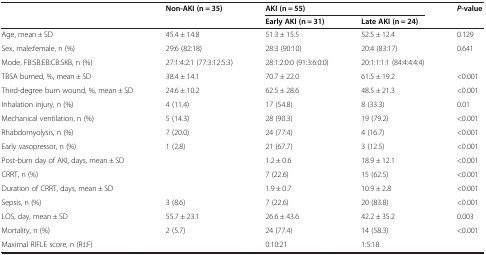
<table><thead><tr><td><b> </b></td><td><b>Non-AKI (n = 35)</b></td><td colspan="2"><b>AKI (n = 55)</b></td><td><b><i>P</i>-value</b></td></tr><tr><td><b> </b></td><td><b> </b></td><td><b>Early AKI (n = 31)</b></td><td><b>Late AKI (n = 24)</b></td><td><b> </b></td></tr></thead><tbody><tr><td>Age, mean ± SD</td><td>45.4 ± 14.8</td><td>51.3 ± 15.5</td><td>52.5 ± 12.4</td><td>0.129</td></tr><tr><td>Sex, male:female, n (%)</td><td>29:6 (82:18)</td><td>28:3 (90:10)</td><td>20:4 (83:17)</td><td>0.641</td></tr><tr><td>Mode, FB:SB:EB:CB:SKB, n (%)</td><td>27:1:4:2:1 (77:3:12:5:3)</td><td>28:1:2:0:0 (91:3:6:0:0)</td><td>20:1:1:1:1 (84:4:4:4:4)</td><td> </td></tr><tr><td>TBSA burned, %, mean ± SD</td><td>38.4 ± 14.1</td><td>70.7 ± 22.0</td><td>61.5 ± 19.2</td><td>&lt;0.001</td></tr><tr><td>Third-degree burn wound, %, mean ± SD</td><td>24.6 ± 10.2</td><td>62.5 ± 28.6</td><td>48.5 ± 21.3</td><td>&lt;0.001</td></tr><tr><td>Inhalation injury, n (%)</td><td>4 (11.4)</td><td>17 (54.8)</td><td>8 (33.3)</td><td>0.01</td></tr><tr><td>Mechanical ventilation, n (%)</td><td>5 (14.3)</td><td>28 (90.3)</td><td>19 (79.2)</td><td>&lt;0.001</td></tr><tr><td>Rhabdomyolysis, n (%)</td><td>7 (20.0)</td><td>24 (77.4)</td><td>4 (16.7)</td><td>&lt;0.001</td></tr><tr><td>Early vasopressor, n (%)</td><td>1 (2.8)</td><td>21 (67.7)</td><td>3 (12.5)</td><td>&lt;0.001</td></tr><tr><td>Post-burn day of AKI, days, mean ± SD</td><td> </td><td>1.2 ± 0.6</td><td>18.9 ± 12.1</td><td>&lt;0.001</td></tr><tr><td>CRRT, n (%)</td><td> </td><td>7 (22.6)</td><td>15 (62.5)</td><td>&lt;0.001</td></tr><tr><td>Duration of CRRT, days, mean ± SD</td><td> </td><td>1.9 ± 0.7</td><td>10.9 ± 2.8</td><td>&lt;0.001</td></tr><tr><td>Sepsis, n (%)</td><td>3 (8.6)</td><td>7 (22.6)</td><td>20 (83.8)</td><td>&lt;0.001</td></tr><tr><td>LOS, day, mean ± SD</td><td>55.7 ± 23.1</td><td>26.6 ± 43.6</td><td>42.2 ± 35.2</td><td>0.003</td></tr><tr><td>Mortality, n (%)</td><td>2 (5.7)</td><td>24 (77.4)</td><td>14 (58.3)</td><td>&lt;0.001</td></tr><tr><td>Maximal RIFLE score, n (R:I:F)</td><td> </td><td>0:10:21</td><td>1:5:18</td><td> </td></tr></tbody></table>